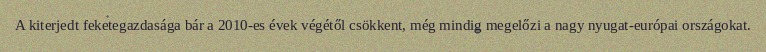
A kiterjedt feketegazdasága bár a 2010-es évek végétől csökkent, még mindig megelőzi a nagy nyugat-európai országokat.